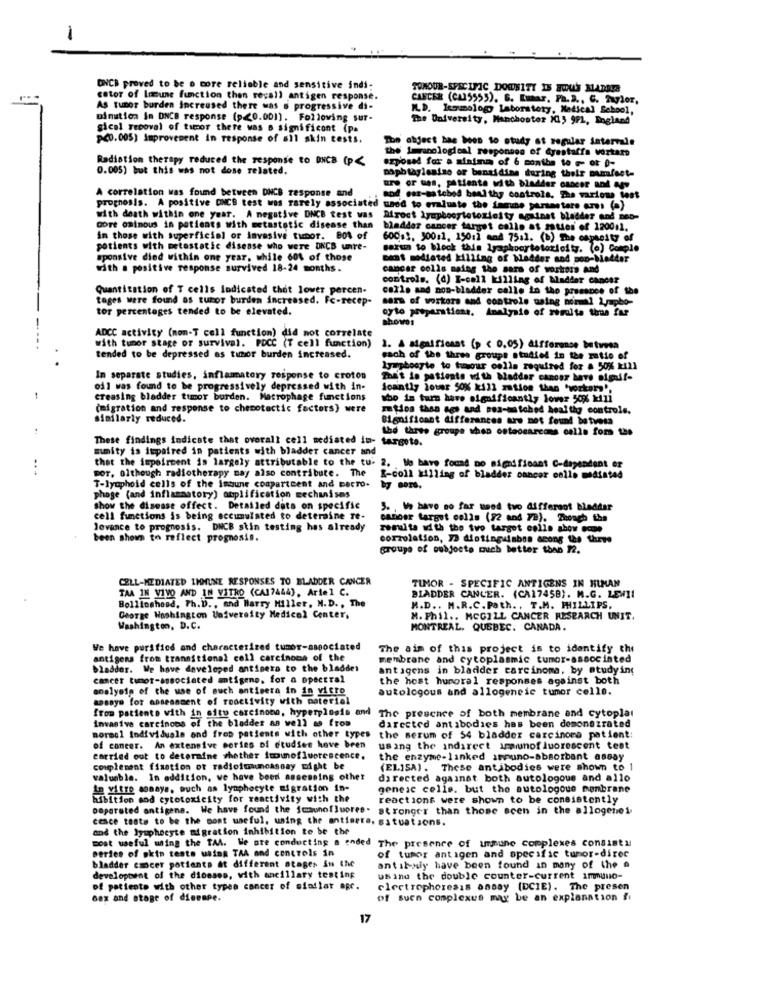
ONCE proved to be o more reliable and sensitive indi:
TOHOUR-SPECIFIC DOWNITY IS FOUS MADRIE
cator of Ineune function then recall antigen response.
CANCER (CA15555). 6. Euar. Ph. D ., C. Muylor,
As tumor burden Increased there was s progressive di-
ILD. Izmologo Laboratory, Medical School,
minution In DNCB response (p<0.001). Following sur-
The University, Manchester X15 9F1, Bogland"
gical reooval of tumor there was a significant (pa
p<0.005) Improvement in response of all skin tests.
The object has been to study at regular intervals
the Imnological responses of @yestaffa vortaro
Radiation therapy reduced the response to DNCB (p<
0.005) but this was not dose related.
szposed for a minima of 6 months to - ot 0-
papb tagleniso or banaidine during their mamfoot-
A correlation was found between ONCB response and
are or ues, patients with bladder cancer and ngo
aod est-satobol healthy controls, The various fest
prognosis. A positive DNCG test was rarely associated unod to evaluate the famune pursastare en: (a)
with death within one year. A negative DNCB test was
Miroct lymphocytetoziel ty against bladder and neo-
core ominous in patients with metastatic disease than
bladder cancer target calle at aties of 120011.
in those with superficiel or invasive tumor. 80% of
600s3, 30011, 150:1 and 75:1. (b) The capheity of
patients with metastatic disease who were ONCB unte-
garun to block this lymphocytetoxicity. (o) Comple
sponsive died within one year, while 60% of those
cant modiated killing of bladder and soo-better
with a positive response survived 18-24 months.
cancer cells naing the sara of workers and
controls. (d) I-call killing of bladder Cancer
Quantitation of T cells Indicated that lower percen-
calls and non-bladder calle in the presence of the
tages were found os turor burden increased. Fc-recep-
mars of workers and controle using memil 1rapbo-
tor percentages tended to be elevated.
oyto preparations, Analysis of zoralta tina far
showas
ADCC activity (non-T cell function) did not correlate
with tumor stage of survival. POCC (T cell function)
1. A significant (p < 0,05) difference between
tended to be depressed as tumor burden increased.
each of the three groups studied in the ratio of
Lymphocyte to tour cells required for a 50% kill
In separate studies, inflammatory response to croton
The't in patients with bladder cancer have sigui !-
oil was found to be progressively depressed with in-
Joantly louer 50% k$11 zation than 'workers',
creasing bladder tumor burden. Macrophage functions
who in turn have significantly lower 50% kili
(migration and response to chemotactic factors) were
Itios then ags and sea-matched healthy controls.
similarly reduced.
Significant differences are not found botvess
the three groupe shop osteosarcons calls for the
These findings indicate that overall cell mediated in- targete.
mmity is impaired in patients with bladder cancer and
that the impairment is largely attributable to the tu- 2, Mo bave found no significant C-dependent er
BOT, although radiotherapy may also contribute. The
E-coll killing of bladder cancer cells mediated
T-lymphoid cells of the immune coapartment and macro.
phage (and inflammatory) amplification mechanisms
show the disease offect. Detailed data on specific
3. , We have so far used two different bladdar
cell functions is being accumulated to determine Te-
caboer target cells (92 and 7B). Though the
levance to prognosis. DNCB stin testing has already
results with the two target colle show ecome
been shown to reflect prognosis.
corzolation, 13 distinguisbos among the three
groupe of subjoeto much better than 12.
CELL-MEDIATED IMMUNE RESPONSES TO BLADDER CANCER
TIMOR - SPECIFIC ANTIGENS IN HUMAN
TAA IN VIVO AND IN VITRO (CA17444), Ariel C.
BLADDER CANCER. (CA1745B). M.G. LEWII
Bollioshood, Ph. D ., and Harry Hiller, M.D. , The
M.D .. M.R.C. Path. , T.M. PHILLIPS.
George Washington University Medical Center,
M. Phil .. MCGILL CANCER RESEARCH UNIT.
Washington, D.C.
MONTREAL, QUEBEC, CANADA.
We have purified and characterized tumor-associated
The aim of this project is to identify the
antigens from transitional cell carcinoma of the
membrane and cytoplasmic tumor-associated
bladder. We have developed antisera to the bladder
antigens in bladder carcinoma, by studying
cancer tumor-associated antigene, for a spectral
the host humoral responses against both
analysis of the use of such antisera in in vitro
autologous and allogeneic tumor celle.
sassye for assessment of rooctivity with paterial
from patients with in situ carcinono, hyperplasie and The presence of both membrane and cytoplat
invasive carcinocs of the bladder as well as from
The presence of both membrane and cytopla
darccted antibodies has been demonstrated
normal Individuals and fres patients with other types
of cancer. An extensive series of studies have been
using the indirect immunofluorescent test
carried out to determine whether imunofluorescence,
the enzyme-linked immuno-absorbant assay
couplement fixation or radioimunoassay might be
(ELISA). These antibodies were shown to 1
valuable. In addition, we have been assessing other
directed against both autologous and allo
In vitro monaya, much as lymphocyte migration in-
geneic cells. but the autologoue menbrane
hibition and cytotoxicity for reactivity with the
reactions were shown to be consistently
paparated antigens. We have found the immunofluores. stronger than those scen in the allogenei
cence teatw to be the most useful, using the antierra. situations.
and the lymphocyte migration inhibition to be the
most useful using the TAA. We are conducting a ended The presence of urmune complexes consists
Deries of skin tests using TAA and controls in
bladder cancer patients at different stages in the
of tumor antigen and specific tumor-direc
antibuy have been found in many of the a
developtnt of the diceses, with ancillary testing
using the double counter-current immuno-
of patients with other types cancer of siatlat apr.
electrophoresis ansay (DCIE). The presen
Gex and otoge of dineape.
of such complexus may be an explanation !
17